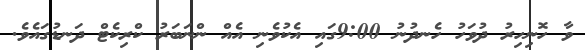
ވާ ހޮނިހިރު ދުވަހު ހެނދުނު 9:00ގައި އެކުވެނި އެއް ންނަބަރު ކްރިކެޓް ދަނޑުގައެވެ.